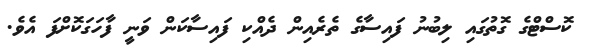
ކޮސްޓްގެ ގޮތުގައި ލިބުނު ފައިސާގެ ތެރެއިން ދެއްކި ފައިސާކަން ވަނީ ފާހަގަކޮށްފަ އެވެ.